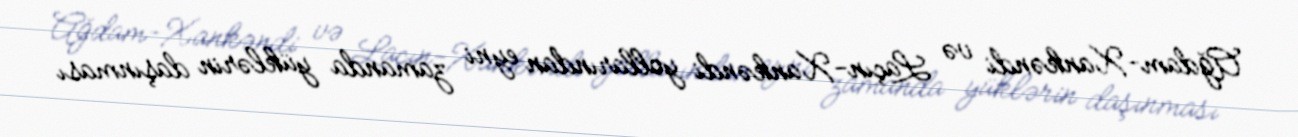
Ağdam-Xankəndi və Laçın-Xankəndi yollarından eyni zamanda yüklərin daşınması